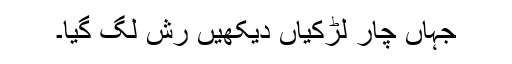
جہاں چار لڑکیاں دیکھیں رش لگ گیا۔